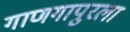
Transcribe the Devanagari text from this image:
गाणगापुरला